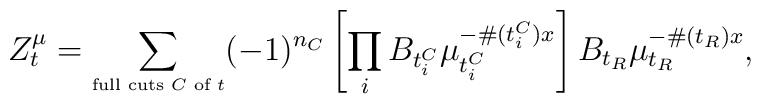
Z_t^\mu= \sum_{\mbox{\tiny full cuts $C$ of $t$}}(-1)^{n_C}\left[\prod_i B_{t^C_i} \mu_{t^C_i}^{-\#(t^C_i)  x}\right]B_{t_R}\mu_{t_R}^{-\#(t_R) x},